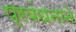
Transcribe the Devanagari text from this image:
प्रबंधनाने